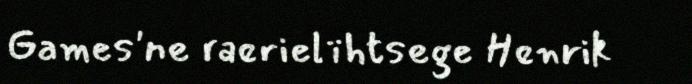
Games'ne raerielïhtsege Henrik